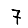
Digit: 7